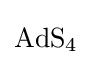
{\mathrm {AdS} {\vphantom {A}}_{\smash[{t}]{4}}}